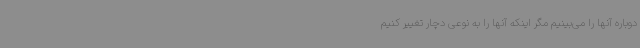
دوباره آنها را می‌بینیم مگر اینکه آنها را به نوعی دچار تغییر کنیم